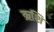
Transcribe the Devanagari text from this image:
ऋशि